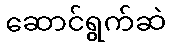
ဆောင်ရွက်ဆဲ